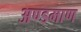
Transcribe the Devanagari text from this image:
अण्डमाण